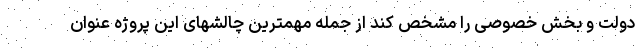
دولت و بخش خصوصی را مشخص کند از جمله مهمترین چالشهای این پروژه عنوان